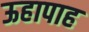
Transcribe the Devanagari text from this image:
ऊहापाह